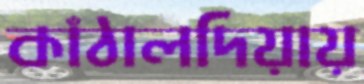
কাঁঠালদিয়ায়